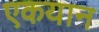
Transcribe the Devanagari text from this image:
एकयान